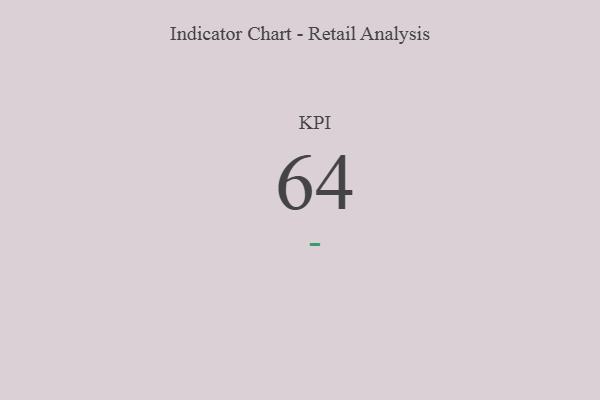
{"axis": {"x": "KPI", "y": "Value"}, "legend": [""], "data": [{"x": "KPI", "y": 64, "type": ""}]}